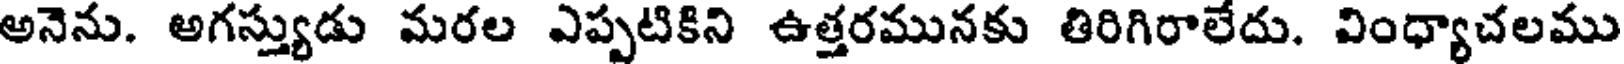
అనెను. అగస్త్యుడు మరల ఎప్పటికిని ఉత్తరమునకు తిరిగిరాలేదు. వింధ్యాచలము